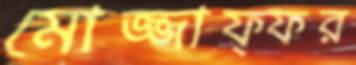
মোজ্জাফ্ফর